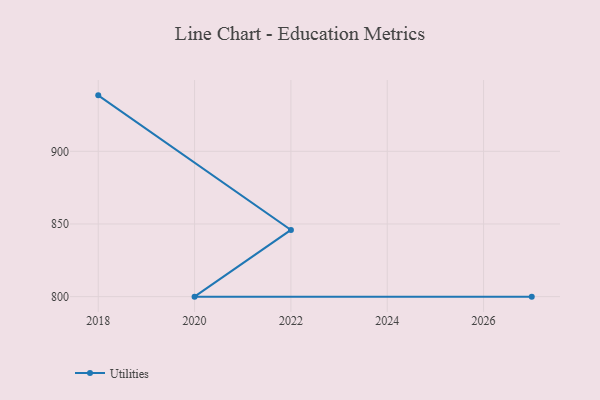
{"axis": {"x": "Year", "y": "Active Users"}, "legend": ["Utilities"], "data": [{"x": "2018", "y": 938.5, "type": "Utilities"}, {"x": "2022", "y": 845.9, "type": "Utilities"}, {"x": "2020", "y": 800, "type": "Utilities"}, {"x": "2027", "y": 800, "type": "Utilities"}]}